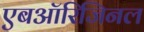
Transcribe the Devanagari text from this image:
एबऑरिजिनल